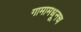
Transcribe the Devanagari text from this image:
गामामधूनच